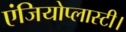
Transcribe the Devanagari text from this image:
एंजियोप्लास्टी।